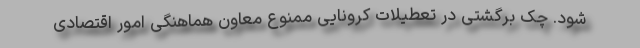
شود. چک برگشتی در تعطیلات کرونایی ممنوع معاون هماهنگی امور اقتصادی